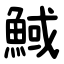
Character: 䱛